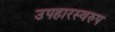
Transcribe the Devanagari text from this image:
उपहारस्वरुप